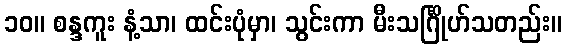
၁၀။ စန္ဒကူး နံ့သာ၊ ထင်းပုံမှာ၊ သွင်းကာ မီးသင်္ဂြိုဟ်သတည်း။